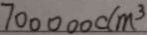
7 0 0 0 0 0 0 c m ^ { 3 }